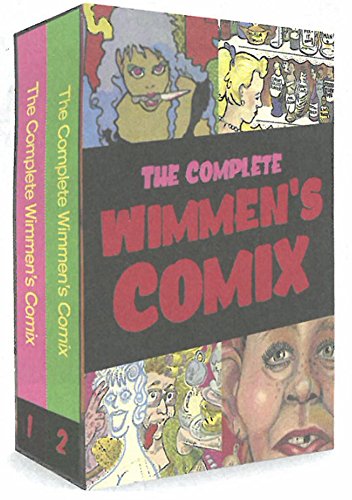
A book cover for The Complete Wimmen's Comix; Comics & Graphic Novels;